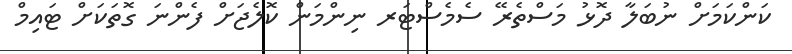
ކަންކަމަށް ނުބަލާ ދޮޅު މަސްތެރޭ ސެމެސްޓަރ ނިންމަން ކޮލެޖަށް ފެންނަ ގޮތަކަށް ޓައިމް